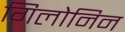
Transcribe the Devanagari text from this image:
गिलोनिन